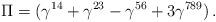
LaTeX: \begin{align*}\Pi=(\gamma^{14}+\gamma^{23}-\gamma^{56}+3\gamma^{789})\,.\end{align*}